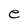
Character: e